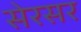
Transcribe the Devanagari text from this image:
सेरसर